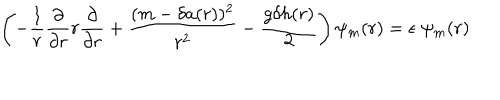
LaTeX: \left( - { \frac { 1 } { r } } { \frac { \partial } { \partial r } } r { \frac { \partial } { \partial r } } + { \frac { ( m - \delta a ( r ) ) ^ { 2 } } { r ^ { 2 } } } - { \frac { g \delta h ( r ) } { 2 } } \right) \psi _ { m } ( r ) = \epsilon \; \psi _ { m } ( r )